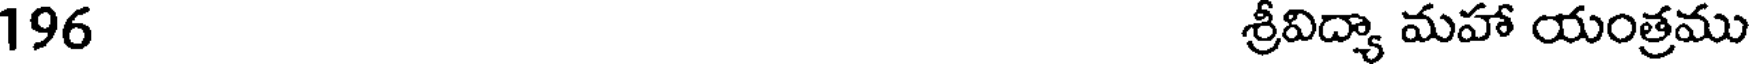
196 శ్రీవిద్యా మహా యంత్రము